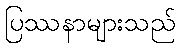
ပြဿနာများသည်